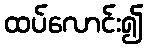
ထပ်လောင်း၍